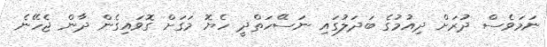
ނަމަވެސް ދުރަށް ދިއުމުގެ ބަދަލުގައި ނަސޭހަތްދީ ހެޔޮ މަގަށް ގޮވައިގެން ދާން ޖެހޭނެ